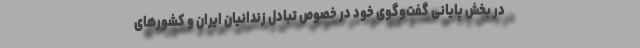
در بخش پایانی گفت‌وگوی خود در خصوص تبادل زندانیان ایران و کشورهای